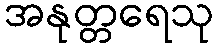
အနုတ္တရေသု